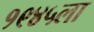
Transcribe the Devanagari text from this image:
१९४५ला